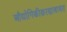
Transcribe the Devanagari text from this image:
औद्योगिकीकरणाबाबत